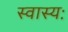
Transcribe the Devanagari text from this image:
स्वास्यः